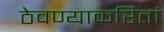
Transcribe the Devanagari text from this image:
ठेवण्याकरितां